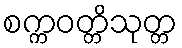
စက္ကဝတ္တိသုတ္တ